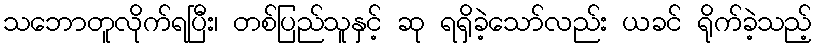
သဘောတူလိုက်ရပြီး၊ တစ်ပြည်သူနှင့် ဆု ရရှိခဲ့သော်လည်း ယခင် ရိုက်ခဲ့သည့်